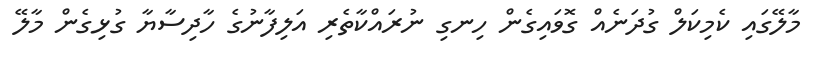
މާލޭގައި ކެމިކަލް ގުދަނެއް ގޮވައިގެން ހިނގި ނުރައްކާތެރި އަލިފާނުގެ ހާދިސާޔާ ގުޅިގެން މާލޭ